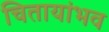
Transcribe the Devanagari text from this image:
चितायांभव